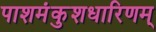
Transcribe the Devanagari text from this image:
पाशमंकुशधारिणम्